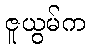
ဇူယွမ်က